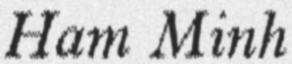
Ham Minh